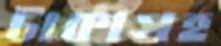
টাকাসহ